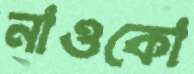
নাওকো